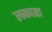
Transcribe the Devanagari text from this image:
लकाता